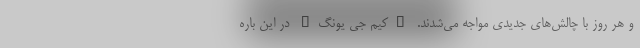
و هر روز با چالش‌های جدیدی مواجه می‌شدند. "کیم جی یونگ" در این باره